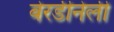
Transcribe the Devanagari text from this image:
बेरर्डीनेली